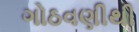
ગોઠવણીથી